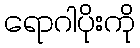
ရောဂါပိုးကို